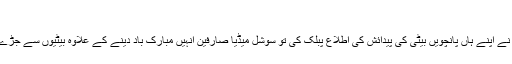
Node ID: 458646
سوشل ورک اور یوٹیوبنگ میں مصروف رہنے والے سابق پاکستانی کرکٹر نے اپنے ہاں پانچویں بیٹی کی پیدائش کی اطلاع پبلک کی تو سوشل میڈیا صارفین انہیں مبارک باد دینے کے علاوہ بیٹیوں سے جڑے خوبصورت احساسات، تجربات اور مشاہدات بھی شیئر کرتے دکھائی دیے۔